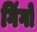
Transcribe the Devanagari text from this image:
गिंगो